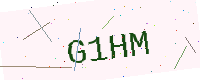
Text: G1HM